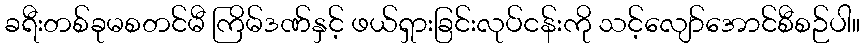
ခရီးတစ်ခုမစတင်မီ ကြိမ်ဒဏ်နှင့် ဖယ်ရှားခြင်းလုပ်ငန်းကို သင့်လျော်အောင်စီစဉ်ပါ။